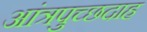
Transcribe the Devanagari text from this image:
आंत्रपुच्छदाह